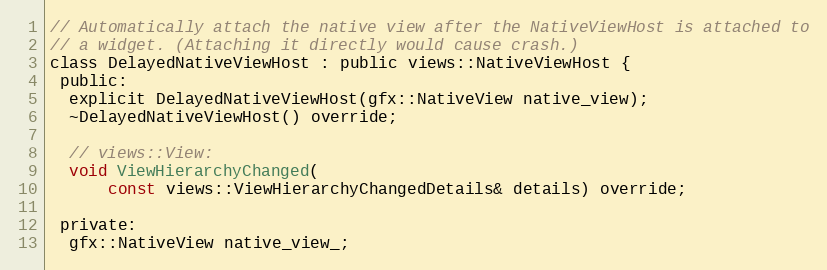
Language: C
// Automatically attach the native view after the NativeViewHost is attached to
// a widget. (Attaching it directly would cause crash.)
class DelayedNativeViewHost : public views::NativeViewHost {
 public:
  explicit DelayedNativeViewHost(gfx::NativeView native_view);
  ~DelayedNativeViewHost() override;

  // views::View:
  void ViewHierarchyChanged(
      const views::ViewHierarchyChangedDetails& details) override;

 private:
  gfx::NativeView native_view_;